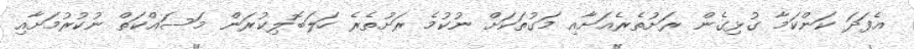
އެފަދަ ކަންކަމާ ގުޅިގެން ރަށުތެރެއަށާއި މަގުތަކަށް ނުކުމެ ރަށުތެރެ ހަލަބޮލިކުރަން މަސައްކަތް ނުކުރުމަށާއި